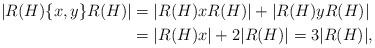
LaTeX: \begin{align*}|R(H)\{x,y\}R(H)|&=|R(H)xR(H)|+|R(H)yR(H)|\\&=|R(H)x|+2|R(H)|=3|R(H)|,\end{align*}